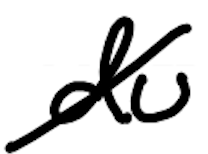
Text: du
Cross-out: diagonal
Writing tool: digital_black